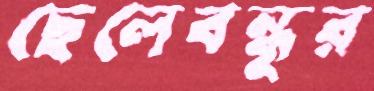
ছেলেবন্ধুর